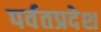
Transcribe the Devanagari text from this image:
पर्वतप्रदेश